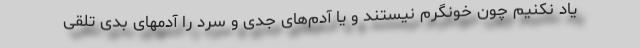
یاد نکنیم چون خونگرم نیستند و یا آدم‌های جدی و سرد را آدمهای بدی تلقی